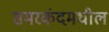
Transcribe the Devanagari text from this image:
समरकंदमधील